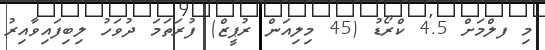
މި ފލްމަށް 4.5 ކްރޯޑު (45 މިލިއަން ރުޕީޒް) ފުރަތަމަ ދުވަހު ލިބިފައިވާއިރު